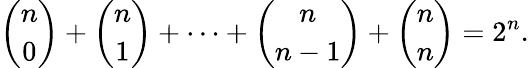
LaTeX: {\binom{n}{0}}+{\binom{n}{1}}+\cdots+{\binom{n}{n-1}}+{\binom{n}{n}}=2^{n}.